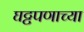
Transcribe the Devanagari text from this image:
घट्टपणाच्या